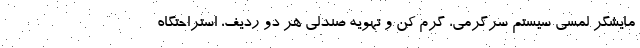
مایشگر لمسی سیستم سرگرمی، گرم کن و تهویه صندلی هر دو ردیف، استراحتگاه